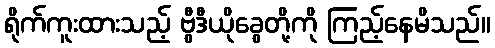
ရိုက်ကူးထားသည့် ဗွီဒီယိုခွေတို့ကို ကြည့်နေမိသည်။